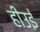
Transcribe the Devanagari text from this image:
हीउई